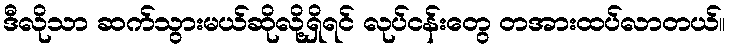
ဒီလိုသာ ဆက်သွားမယ်ဆိုလို့ရှိရင် လုပ်ငန်းတွေ တအားထပ်လာတယ်။